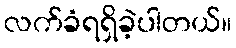
လက်ခံရရှိခဲ့ပါတယ်။